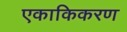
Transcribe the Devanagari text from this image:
एकाकिकरण